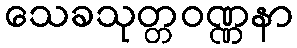
သေခသုတ္တဝဏ္ဏနာ